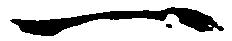
一